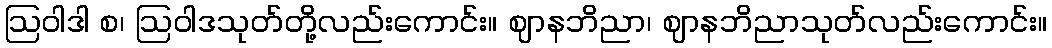
ဩဝါဒါ စ၊ ဩဝါဒသုတ်တို့လည်းကောင်း။ ဈာနဘိညာ၊ ဈာနဘိညာသုတ်လည်းကောင်း။